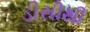
ડીસીથી